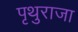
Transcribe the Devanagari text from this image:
पृथुराजा